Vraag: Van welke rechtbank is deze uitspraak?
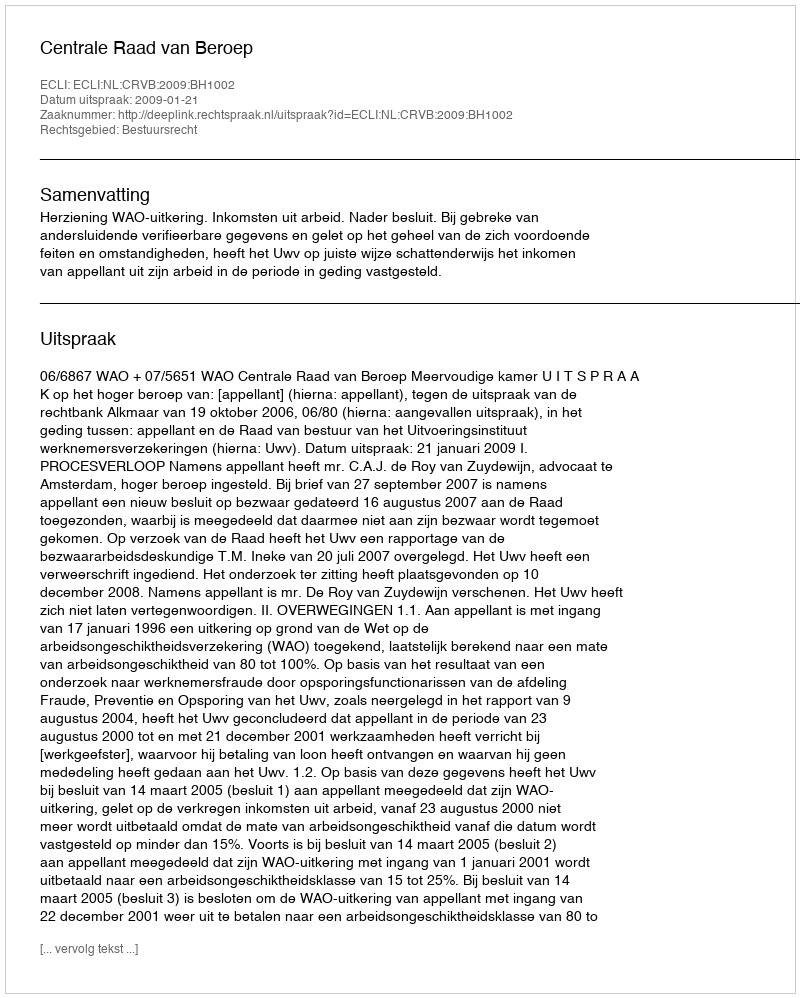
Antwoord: Centrale Raad van Beroep